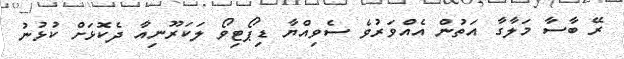
ރޭ ބާސާ މަލާގާ އަތުން އެއްވަރުވެ ސެވިއްޔާ ޑިޕޯޓިވޯ ލަކަރޫނިއާ ދެކޮަޅަށް ކުޅުނު